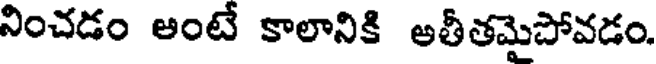
నించడం అంటే కాలానికి అతీతమైపోవడం.